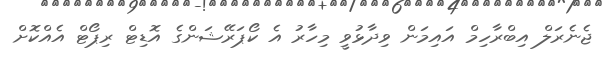
ޖެނެރަލް އިބްރާހިމް އައިމަން ވިދާޅުވީ މިހާރު އެ ކޯޕަރޭޝަންގެ އޮޑިޓް ރިޕޯޓް އެއްކޮށް